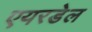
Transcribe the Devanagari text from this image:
एयरडेल